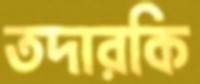
তদারকি